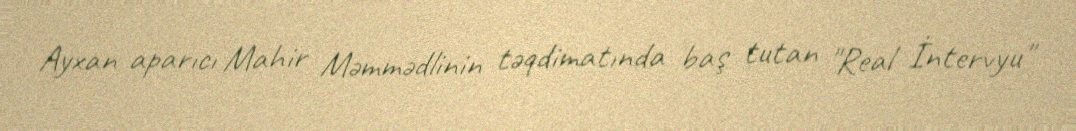
Ayxan aparıcı Mahir Məmmədlinin təqdimatında baş tutan "Real İntervyu"